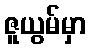
ဇူယွမ်မှာ